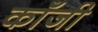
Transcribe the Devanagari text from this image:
काँजी